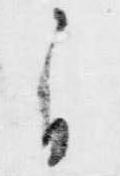
自